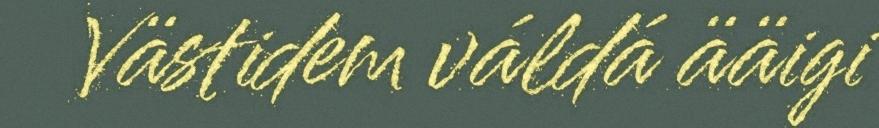
Västidem váldá ääigi